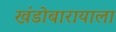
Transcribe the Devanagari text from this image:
खंडोबारायाला